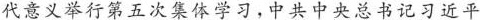
代意义举行第五次集体学习，中共中央总书记习近平